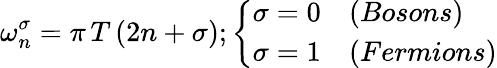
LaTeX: {\omega_{n}^{\sigma}=\pi\, T\, (2n+\sigma)};\left\{ \begin{array}{ll}{{{\sigma=0}}}&{{(Bosons)}}\\ {{{\sigma=1}}}&{{(Fermions)}}\end{array}\right.